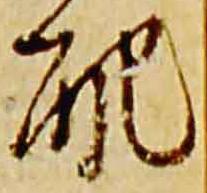
配